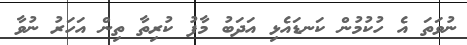
ނުވަތަ އެ ހުކުމުން ކަނޑައެޅި އަދަބު މާފު ކުރިތާ ތިން އަހަރު ނުވާ